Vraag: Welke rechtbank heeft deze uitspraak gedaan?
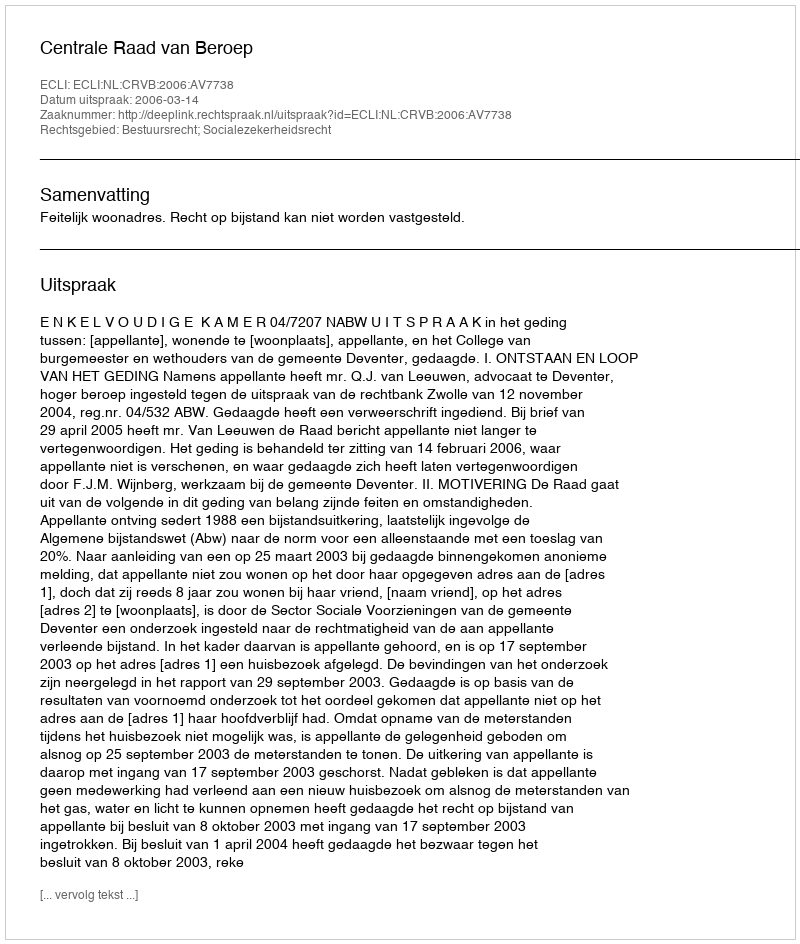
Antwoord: Centrale Raad van Beroep